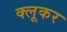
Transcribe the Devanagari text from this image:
क्लूकर